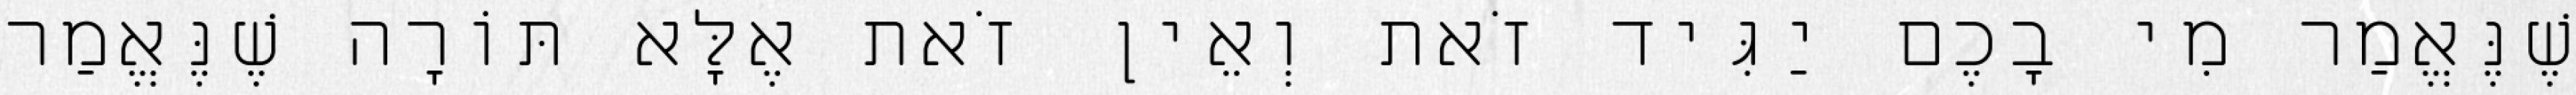
שֶׁנֶּאֱמַר מִי בָכֶם יַגִּיד זֹאת וְאֵין זֹאת אֶלָּא תּוֹרָה שֶׁנֶּאֱמַר